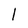
Character: l